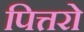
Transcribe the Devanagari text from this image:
पित्तरो